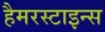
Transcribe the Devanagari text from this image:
हैमरस्टाइन्स